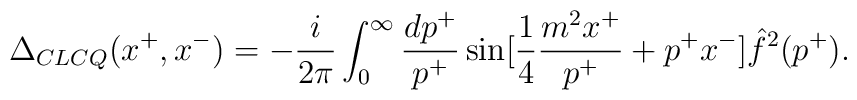
\Delta_{CLCQ}(x^+, x^-) = - {i \over 2 \pi} \int_0^{\infty} {dp^+ \over p^+} \sin [{1 \over 4} {m^2 x^+ \over p^+} + p^+x^-] \hat{f}^2(p^+).